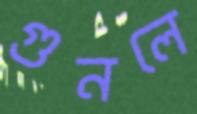
গুনলে